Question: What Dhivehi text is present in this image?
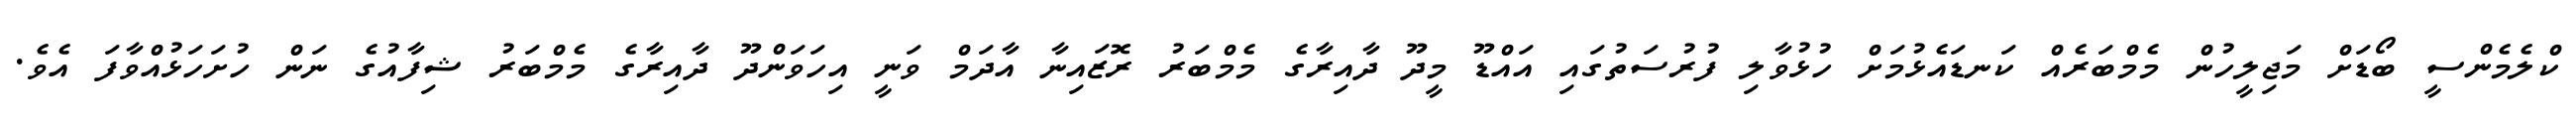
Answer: ކްލެމެންސީ ބޯޑަށް މަޖިލީހުން މެމްބަރެއް ކަނޑައެޅުމަށް ހުޅުވާލި ފުރުސަތުގައި އައްޑޫ މީދޫ ދާއިރާގެ މެމްބަރު ރޮޒައިނާ އާދަމް ވަނީ އިހަވަންދޫ ދާއިރާގެ މެމްބަރު ޝިފާއުގެ ނަން ހުށަހަޅުއްވާފަ އެވެ.